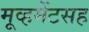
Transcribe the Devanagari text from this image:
मूव्हमेंटसह